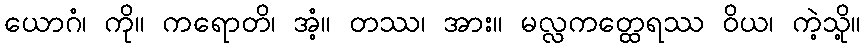
ယောဂံ၊ ကို။ ကရောတိ၊ အံ့။ တဿ၊ အား။ မလ္လကတ္ထေရဿ ဝိယ၊ ကဲ့သို့။